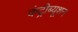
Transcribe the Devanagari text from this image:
कंट्रीब्यूशन